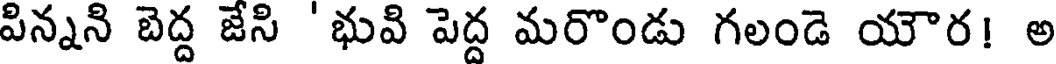
పిన్నని బెద్ద జేసి 'భువి పెద్ద మరొండు గలండె యౌర! అ